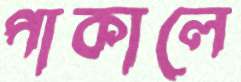
পাকালে